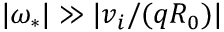
\lvert \omega _ { * } \rvert \gg \lvert v _ { i } / ( q R _ { 0 } ) \rvert